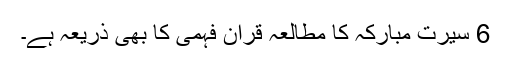
6 سیرت مبارکہ کا مطالعہ قرآن فہمی کا بھی ذریعہ ہے۔